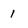
Character: 1